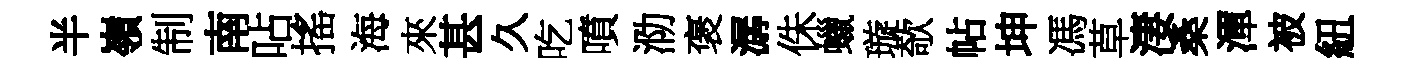
半嶺制南呫搖海來甚久吃噴泐褒潺侏蠟璇欹帖坤馮草淒桑渾被紐